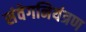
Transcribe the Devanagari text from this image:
संवेगनियंत्रण